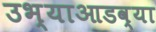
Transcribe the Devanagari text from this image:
उभ्याआडव्या